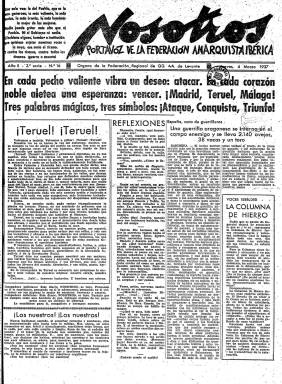
Título: Nosotros (Valencia. 1936)
Colección: Guerra civil || Periódicos || Anarquismo
Ámbito geográfico: Valencia
Lugar de publicación: Valencia
Fechas: 04/03/1937-10/02/1938

Este periódico editado en Valencia era el portavoz de la Federación Anarquista Ibérica (FAI), una de las organizaciones obreras que formaban el bando republicano que se enfrentó al bando nacional en la Guerra Civil. Con su sindicato, la Confederación Nacional del Trabajo (CNT), mantuvo una posición partidaria de hacer la revolución social a la vez que se combatía, lo que provocó fricciones con el resto de organizaciones de su mismo bando que tenían como prioridad ganar antes la guerra.

    El periódico, que era diario, tuvo tres series, desde 1936 a 1939. La BNE posee solo números, no todos, de la segunda serie, que va desde febrero 1937 hasta junio de 1938. El último número del periódico se editó el 25 de marzo de 1939, días antes del fin de la guerra.

  La Biblioteca Valenciana Digital posee el primer número de Nosotros, que salió el 7 de noviembre de 1936 con un saluda ‘a todos los luchadores antifascistas’ y un recuadro en que se recogían las palabras dichas por la radio por el líder anarquista Buenaventura Durruti, que moriría días después en Madrid. Pero lo más llamativo es que en la portada de ese primer número se incluye un incidente de las columnas de la FAI con miembros del Partido Comunista con el resultado de 30 muertos y 8 heridos anarquistas. Esta clase de enfrentamientos internos mermaron la capacidad militar del bando republicano durante la guerra.

   La FAI fue fundada clandestinamente en Valencia en 1927 durante la dictadura del general Primo de Rivera. Se declaraba internacionalista, antiestatal y partidaria del comunismo libertario, opuesto al comunismo de Moscú.

  El sector más revolucionario de la FAI acabó haciéndose con el control de la poderosa central sindical, la CNT. Antes de la guerra, durante la República, el grupo Nosotros de la FAI, con dirigentes como Durruti, Garcia Oliver y Francisco Ascaso, entre otros, llevó a cabo varios intentos revolucionarios. Al estallar la guerra, la mayoría de este grupo, que editaba el periódico, estaba comprometido en responsabilidades militares y ministeriales.

   El diario estaba compuesto de ocho páginas, todas ellas como es lógico dedicadas a dar noticias de los acontecimientos bélicos y a publicar artículos de propaganda con el ideario anarquista. No faltaba la información internacional, sobre todo centrada en Reino Unido y Francia, de donde se esperaba una ayuda que contrarrestara la que Alemania e Italia proporcionaban al bando nacional. Y lo que es muy significativo, el periódico no dejó de reflejar el enfrentamiento de los anarquistas con los comunistas y con quienes se oponían a la revolución social inmediata.

   No faltaban en sus páginas algunos anuncios publicitarios que servirían, junto con las aportaciones de los militantes y simpatizantes, para financiar los gastos de publicación. El diario, que tenía la sede en la avenida Blasco Ibáñez, se vendía por números sueltos pero había también precios de suscripción para la región de Valencia, el resto de la España republicana e incluso el extranjero.

  Aparte del texto, uno de los aspectos que daban variedad al periódico, además de las fotografías, aunque escasas, eran los grabados que salpicaban las páginas. Estos dibujos eran a veces de contenido grave como los publicados con ocasión del bombardeo de Guernica, y otras veces se trataba de viñetas con perfil cómico e incluso caricaturas despectivas, como las de Franco.

[Descripción publicada el 17/08/2022]